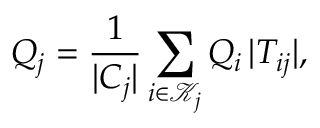
Q _ { j } = \frac { 1 } { | C _ { j } | } \sum _ { i \in \mathcal { K } _ { j } } Q _ { i } \, | T _ { i j } | ,